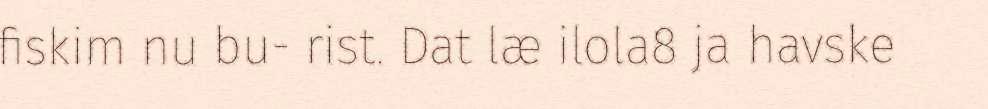
fiskim nu bu- rist. Dat læ ilola8 ja havske